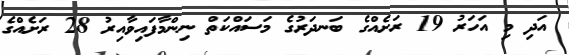
އަދި މި އަހަރު 19 ރަށެއްގެ ބަނދަރުގެ މަސައްކަތް ނިންމާފައިވާއިރު 28 ރަށެއްގެ